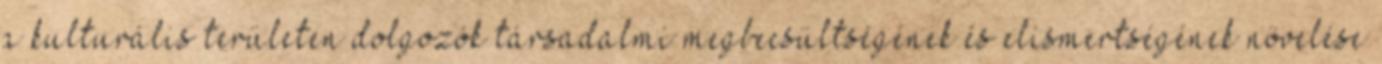
a kulturális területen dolgozók társadalmi megbecsültségének és elismertségének növelése